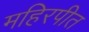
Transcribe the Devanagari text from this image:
महिरपीत